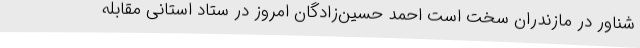
شناور در مازندران سخت است احمد حسین‌زادگان امروز در ستاد استانی مقابله